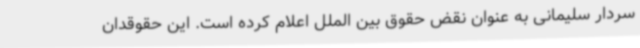
سردار سلیمانی به عنوان نقض حقوق بین الملل اعلام کرده است. این حقوقدان